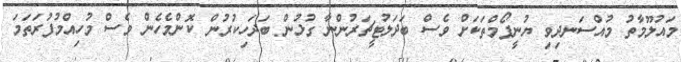
މައުލޫމާތު މުއްސަނދިވި ޔުނީފޯމްތަކަށް ވެސް ބަދަލުޓީޗަރުންނާ ގުޅުން ބަދަހިކުރުން ކޮންމެހެން ވެސް މުހިއްމުފުރަތަމަ